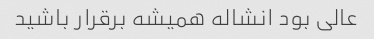
عالی بود انشاله همیشه برقرار باشید